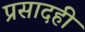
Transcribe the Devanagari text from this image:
प्रसादही